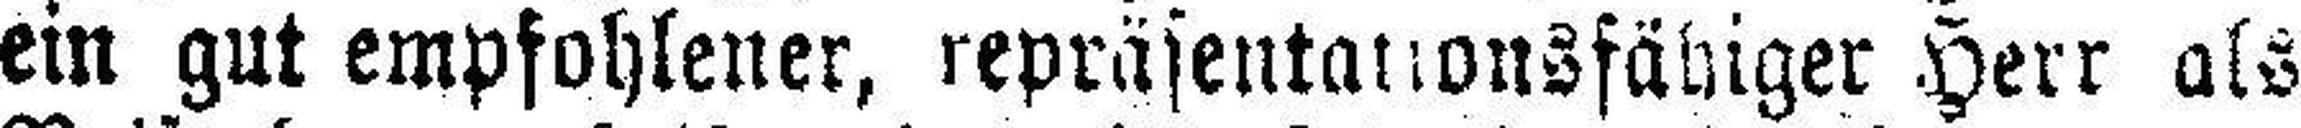
ein gut empfohlener, repräsentationsfähiger Herr als